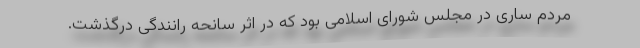
مردم ساری در مجلس شورای اسلامی بود که در اثر سانحه رانندگی درگذشت.